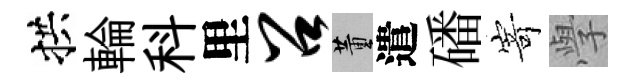
拱輪科里召董遣磻𭔃𭓕